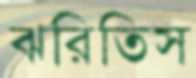
ঝরিতিস